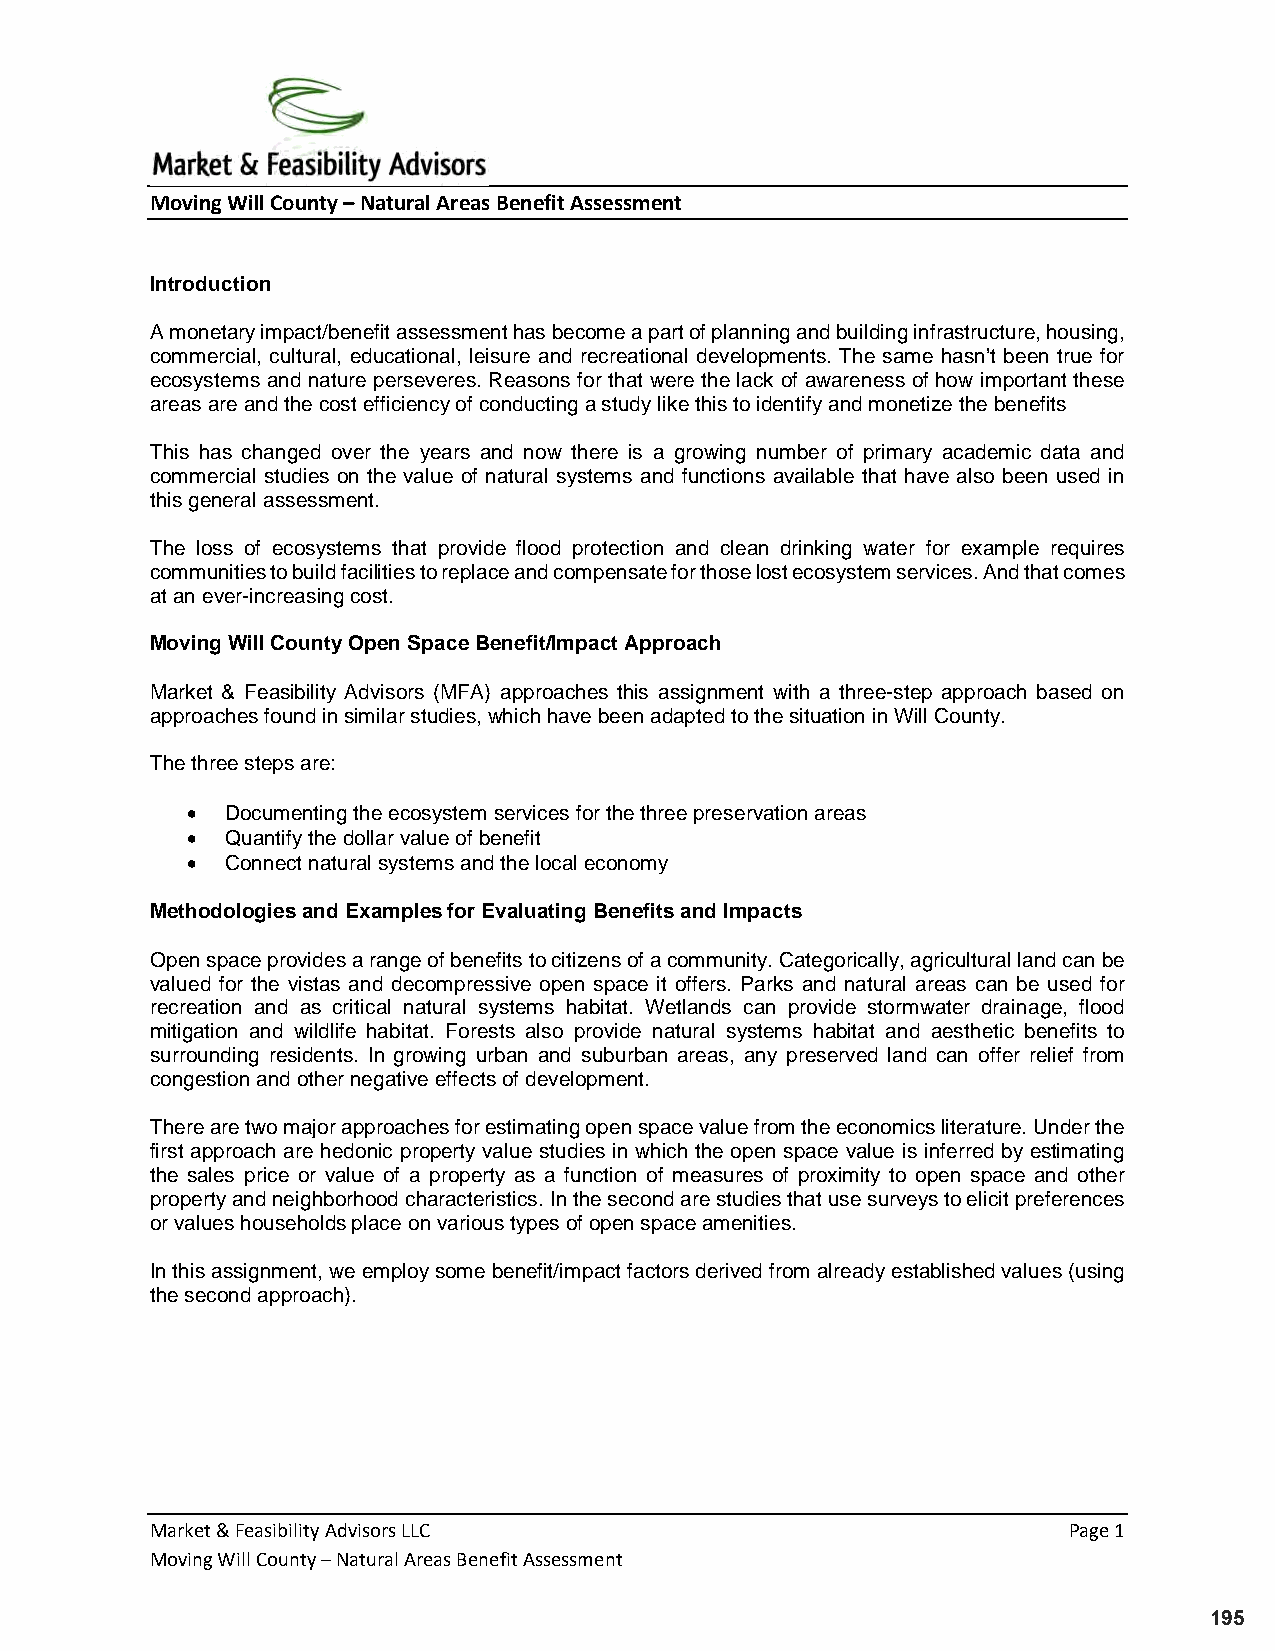
Moving Will County – Natural Areas Benefit Assessment
 Introduction
 A monetary impact/benefit assessment has become a part of planning and building infrastructure, housing,
 commercial, cultural, educational, leisure and recreational developments. The same hasn’t been true for
 ecosystems and nature perseveres. Reasons for that were the lack of awareness of how important these
 areas are and the cost efficiency of conducting a study like this to identify and monetize the benefits
 This has changed over the years and now there is a growing number of primary academic data and
 commercial studies on the value of natural systems and functions available that have also been used in
 this general assessment.
 The loss of ecosystems that provide flood protection and clean drinking water for example requires
 communities to build facilities to replace and compensate for those lost ecosystem services. And that comes
 at an ever-increasing cost.
 Moving Will County Open Space Benefit/Impact Approach
 Market & Feasibility Advisors (MFA) approaches this assignment with a three-step approach based on
 approaches found in similar studies, which have been adapted to the situation in Will County.
 The three steps are:
 •  Documenting the ecosystem services for the three preservation areas
 •  Quantify the dollar value of benefit
 •  Connect natural systems and the local economy
 Methodologies and Examples for Evaluating Benefits and Impacts
 Open space provides a range of benefits to citizens of a community. Categorically, agricultural land can be
 valued for the vistas and decompressive open space it offers. Parks and natural areas can be used for
 recreation and as critical natural systems habitat. Wetlands can provide stormwater drainage, flood
 mitigation and wildlife habitat. Forests also provide natural systems habitat and aesthetic benefits to
 surrounding residents. In growing urban and suburban areas, any preserved land can offer relief from
 congestion and other negative effects of development.
 There are two major approaches for estimating open space value from the economics literature. Under the
 first approach are hedonic property value studies in which the open space value is inferred by estimating
 the sales price or value of a property as a function of measures of proximity to open space and other
 property and neighborhood characteristics. In the second are studies that use surveys to elicit preferences
 or values households place on various types of open space amenities.
 In this assignment, we employ some benefit/impact factors derived from already established values (using
 the second approach).
 Market & Feasibility Advisors LLC                            Page 1
 Moving Will County – Natural Areas Benefit Assessment
 195